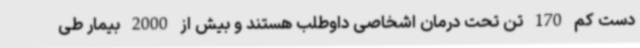
دست کم 170 تن تحت درمان اشخاصی داوطلب هستند و بیش از 2000 بیمار طی